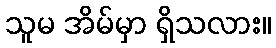
သူမ အိမ်မှာ ရှိသလား။